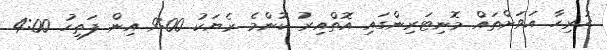
ހުރިހާ އަވަށްތައް މޮނިޓަރިންގައި އޮތްއިރު ކޮންމެ ރެޔަކު 9:00 އިން ފަތިހު 4:00